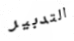
التدبير